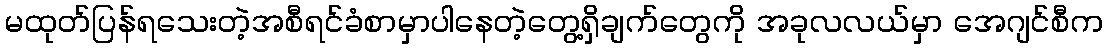
မထုတ်ပြန်ရသေးတဲ့အစီရင်ခံစာမှာပါနေတဲ့တွေ့ရှိချက်တွေကို အခုလလယ်မှာ အေဂျင်စီက